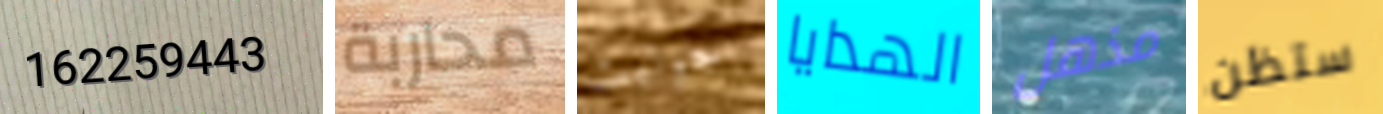
162259443 محاربة جوليت الهدايا مذهل ستظن